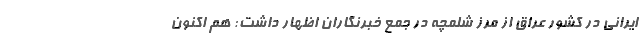
ایرانی در کشور عراق از مرز شلمچه در جمع خبرنگاران اظهار داشت: هم اکنون